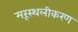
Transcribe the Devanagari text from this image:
मरूस्थलीकरण